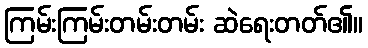
ကြမ်းကြမ်းတမ်းတမ်း ဆဲရေးတတ်၏။